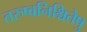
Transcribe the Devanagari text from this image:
तरुष्वनिश्चितेषु